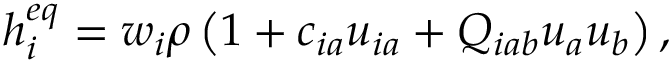
h _ { i } ^ { e q } = w _ { i } \rho \left( 1 + c _ { i a } u _ { i a } + Q _ { i a b } u _ { a } u _ { b } \right) ,